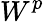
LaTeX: W^{p}